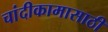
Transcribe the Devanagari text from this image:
चांदीकामासाठी